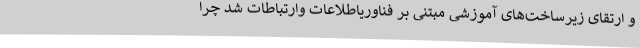
و ارتقای زیرساخت‌های آموزشی مبتنی بر فناوریاطلاعات وارتباطات شد چرا